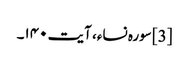
[3] سورہ نساء، آیت ۱۴۰۔